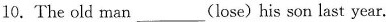
10.The old man___(lose) his son last year.